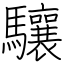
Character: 驤